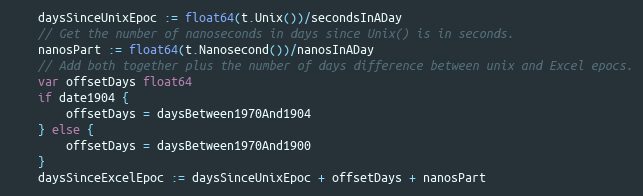
Language: Go
	daysSinceUnixEpoc := float64(t.Unix())/secondsInADay
	// Get the number of nanoseconds in days since Unix() is in seconds.
	nanosPart := float64(t.Nanosecond())/nanosInADay
	// Add both together plus the number of days difference between unix and Excel epocs.
	var offsetDays float64
	if date1904 {
		offsetDays = daysBetween1970And1904
	} else {
		offsetDays = daysBetween1970And1900
	}
	daysSinceExcelEpoc := daysSinceUnixEpoc + offsetDays + nanosPart